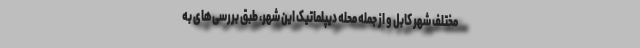
مختلف شهر کابل و از جمله محله دیپلماتیک این شهر، طبق بررسی‌های به